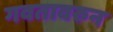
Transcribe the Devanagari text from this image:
गवतावरुन